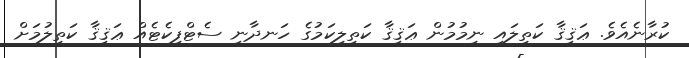
ކުރާނެއެވެ. ޢަޤީޤާ ކަތިލައި ނިމުމުން ޢަޤީޤާ ކަތިލިކަމުގެ ހަނދާނީ ސެޓްފިކެޓެއް ޢަޤީޤާ ކަތިލުމަށް